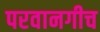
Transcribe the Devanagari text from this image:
परवानगीच